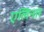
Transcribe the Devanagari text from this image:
एलिनार